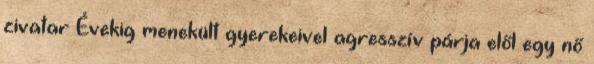
zivatar Évekig menekült gyerekeivel agresszív párja elől egy nő